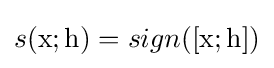
s(\mathrm {x} ;\mathrm {h} )=sign([\mathrm {x} ;\mathrm {h} ])